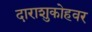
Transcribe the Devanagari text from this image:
दाराशुकोहवर